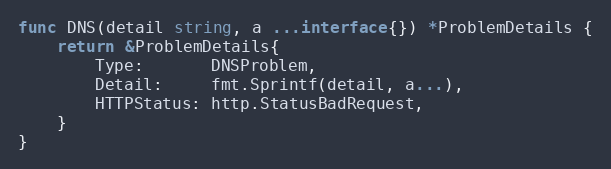
Language: Go
func DNS(detail string, a ...interface{}) *ProblemDetails {
	return &ProblemDetails{
		Type:       DNSProblem,
		Detail:     fmt.Sprintf(detail, a...),
		HTTPStatus: http.StatusBadRequest,
	}
}